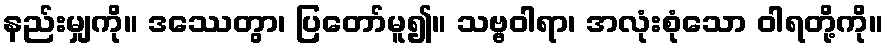
နည်းမျှကို။ ဒဿေတွာ၊ ပြတော်မူ၍။ သဗ္ဗဝါရာ၊ အလုံးစုံသော ဝါရတို့ကို။